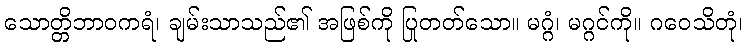
သောတ္တိဘာဝကရံ၊ ချမ်းသာသည်၏ အဖြစ်ကို ပြုတတ်သော။ မဂ္ဂံ၊ မဂ္ဂင်ကို။ ဂဝေသိတုံ၊